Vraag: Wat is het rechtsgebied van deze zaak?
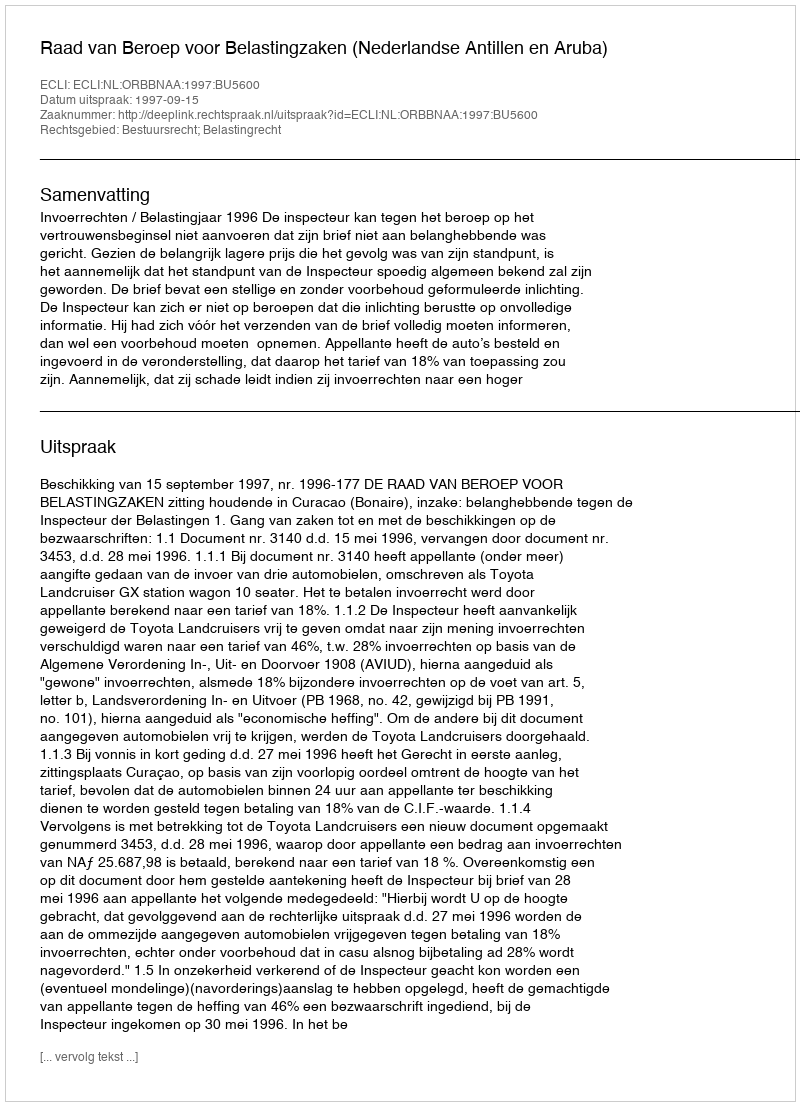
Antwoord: Bestuursrecht; Belastingrecht